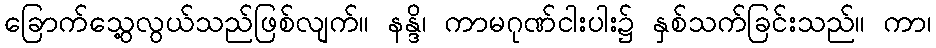
ခြောက်သွေ့လွယ်သည်ဖြစ်လျက်။ နန္ဒိ၊ ကာမဂုဏ်ငါးပါး၌ နှစ်သက်ခြင်းသည်။ ကာ၊